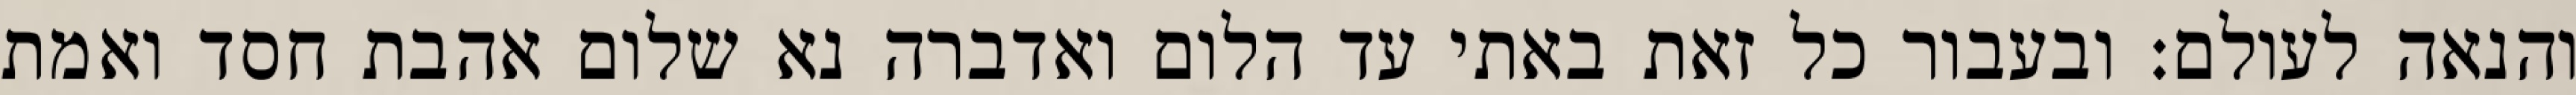
והנאה לעולם: ובעבור כל זאת באתי עד הלום ואדברה נא שלום אהבת חסד ואמת